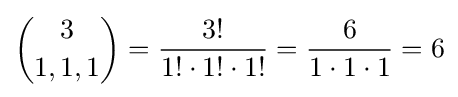
{3 \choose 1,1,1}={\frac {3!}{1!\cdot 1!\cdot 1!}}={\frac {6}{1\cdot 1\cdot 1}}=6